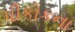
પીકોકના